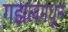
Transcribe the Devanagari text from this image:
गझलमधून